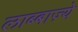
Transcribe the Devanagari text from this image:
लाब्बाज़्ये